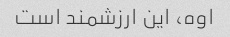
اوه، این ارزشمند است